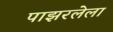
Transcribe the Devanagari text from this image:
पाझरलेला